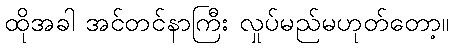
ထိုအခါ အင်တင်နာကြီး လှုပ်မည်မဟုတ်တော့။